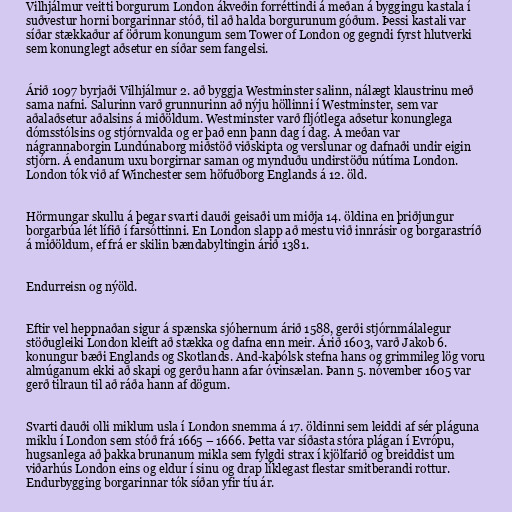
Vilhjálmur veitti borgurum London ákveðin forréttindi á meðan á byggingu kastala í
suðvestur horni borgarinnar stóð, til að halda borgurunum góðum. Þessi kastali var
síðar stækkaður af öðrum konungum sem Tower of London og gegndi fyrst hlutverki
sem konunglegt aðsetur en síðar sem fangelsi.

Árið 1097 byrjaði Vilhjálmur 2. að byggja Westminster salinn, nálægt klaustrinu með
sama nafni. Salurinn varð grunnurinn að nýju höllinni í Westminster, sem var
aðalaðsetur aðalsins á miðöldum. Westminster varð fljótlega aðsetur konunglega
dómsstólsins og stjórnvalda og er það enn þann dag í dag. Á meðan var
nágrannaborgin Lundúnaborg miðstöð viðskipta og verslunar og dafnaði undir eigin
stjórn. Á endanum uxu borgirnar saman og mynduðu undirstöðu nútíma London.
London tók við af Winchester sem höfuðborg Englands á 12. öld.

Hörmungar skullu á þegar svarti dauði geisaði um miðja 14. öldina en þriðjungur
borgarbúa lét lífið í farsóttinni. En London slapp að mestu við innrásir og borgarastríð
á miðöldum, ef frá er skilin bændabyltingin árið 1381.

Endurreisn og nýöld.

Eftir vel heppnaðan sigur á spænska sjóhernum árið 1588, gerði stjórnmálalegur
stöðugleiki London kleift að stækka og dafna enn meir. Árið 1603, varð Jakob 6.
konungur bæði Englands og Skotlands. And-kaþólsk stefna hans og grimmileg lög voru
almúganum ekki að skapi og gerðu hann afar óvinsælan. Þann 5. nóvember 1605 var
gerð tilraun til að ráða hann af dögum.

Svarti dauði olli miklum usla í London snemma á 17. öldinni sem leiddi af sér pláguna
miklu í London sem stóð frá 1665 – 1666. Þetta var síðasta stóra plágan í Evrópu,
hugsanlega að þakka brunanum mikla sem fylgdi strax í kjölfarið og breiddist um
viðarhús London eins og eldur í sinu og drap líklegast flestar smitberandi rottur.
Endurbygging borgarinnar tók síðan yfir tíu ár.